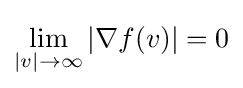
\lim _{|v|\to \infty }|\nabla f(v)|=0